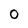
Character: 0